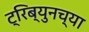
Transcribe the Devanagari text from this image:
ट्रिब्युनच्या